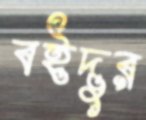
বইদুর